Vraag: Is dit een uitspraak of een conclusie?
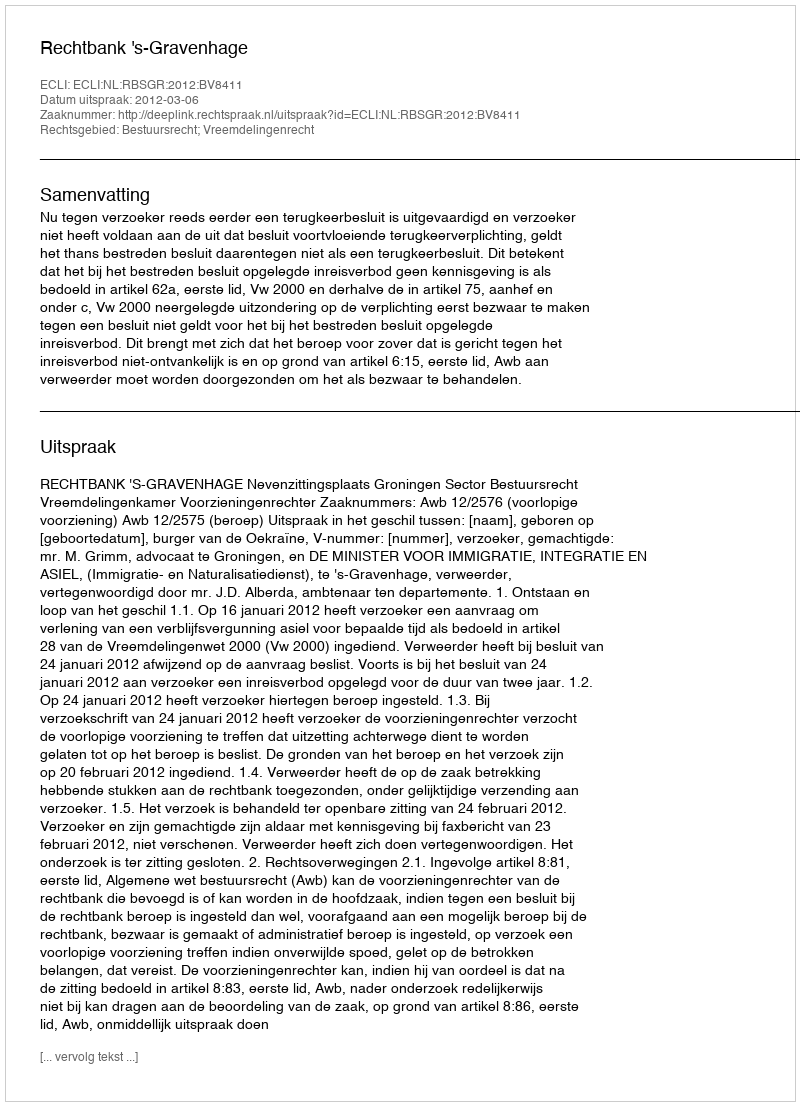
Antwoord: Uitspraak